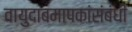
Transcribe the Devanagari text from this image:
वायुदाबमापकांसंबंधी